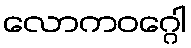
လောကဝဂ္ဂေါ